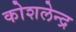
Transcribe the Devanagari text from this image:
कोशलेन्द्र